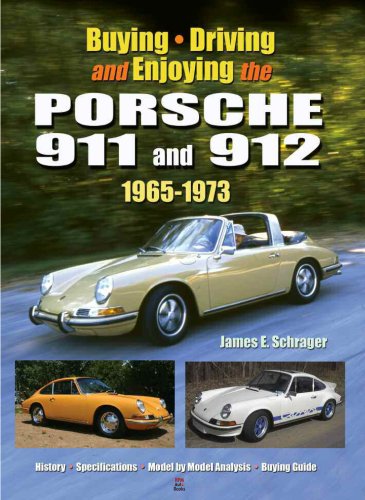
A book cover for Buying, Driving and Enjoying the Porsche 911 and 912, 1965-1973; James E. Schrager; Engineering & Transportation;